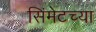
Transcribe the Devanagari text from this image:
सिंमेटच्या